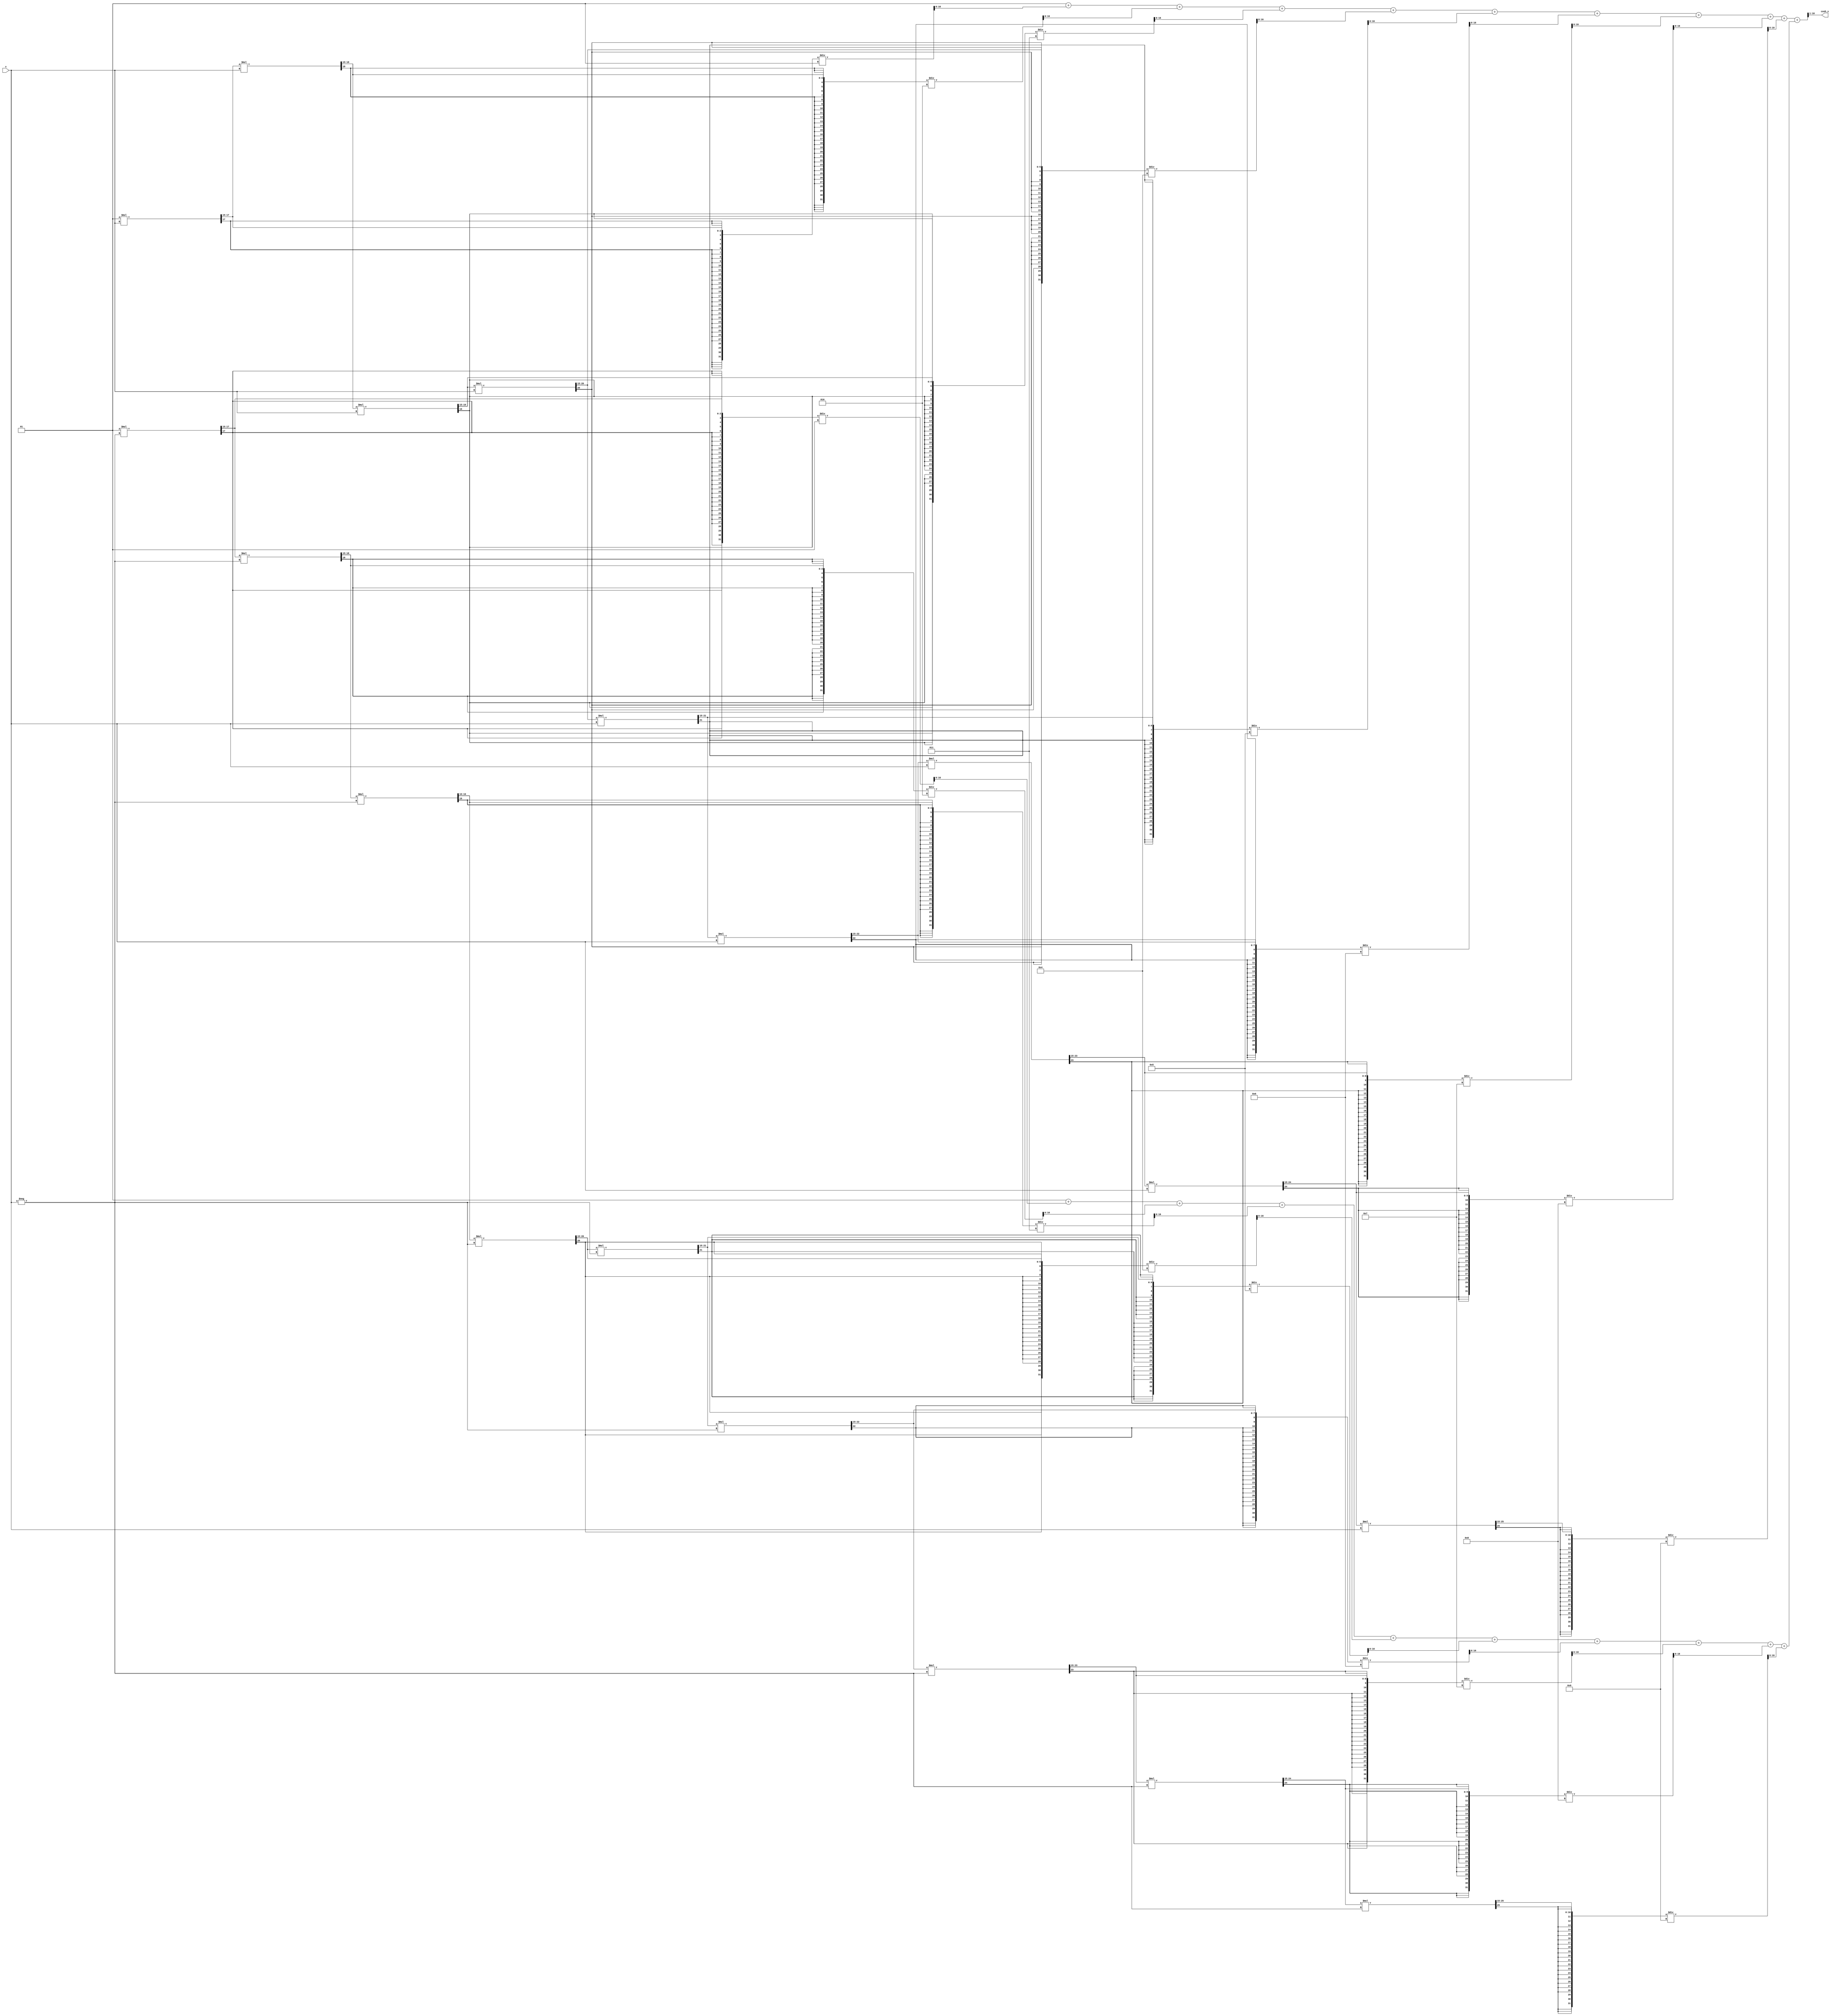
module hyperbolic_cosh (
    input wire signed [15:0] x,      // Fixed-point input (16 bits)
    output reg signed [15:0] cosh_x   // Fixed-point output (16 bits)
);

    // Parameters
    parameter NUM_TERMS = 10; // Number of terms in the Taylor series

    // Internal variables
    reg signed [31:0] exp_x;     // e^x
    reg signed [31:0] exp_neg_x; // e^-x
    reg signed [31:0] term;      // Current term in the series
    integer i;

    // Function to compute e^x using Taylor series
    function signed [31:0] exp_taylor;
        input signed [15:0] x;
        integer n;
        begin
            exp_taylor = 32'd1; // e^0 = 1
            term = 32'd1; // First term (x^0 / 0!)
            for (n = 1; n < NUM_TERMS; n = n + 1) begin
                term = (term * x) >>> 15; // Multiply by x and shift for fixed-point
                exp_taylor = exp_taylor + term / n; // Add the term
            end
        end
    endfunction

    // Always block to compute cosh
    always @(*) begin
        // Compute e^x and e^-x
        exp_x = exp_taylor(x);
        exp_neg_x = exp_taylor(-x);

        // Compute cosh(x) = (e^x + e^-x) / 2
        cosh_x = (exp_x + exp_neg_x) >>> 1; // Shift right to divide by 2
    end

endmodule